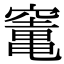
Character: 竃